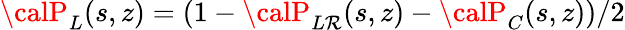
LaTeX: {\calP}_{L}(s,z)=(1-{\calP}_{L\mathcal{R}}(s,z)-{\calP}_{C}(s,z))/2